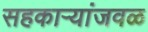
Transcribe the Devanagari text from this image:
सहकार्‍यांजवळ